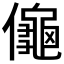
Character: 𱏜